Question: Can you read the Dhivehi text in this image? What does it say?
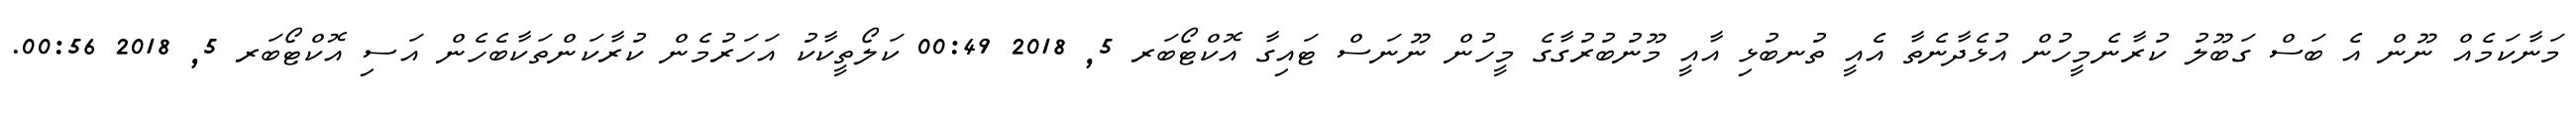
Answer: މަނާކަމެއް ނޫން އެ ބަސް ގަބޫލު ކުރާނެމީހުން އުޅެދާނެތާ އެއީ ތުނބުޅި އާއީ މޫނުބުރުގާގެ މީހުން ނޫނަސް ޓައިގާ އޮކްޓޯބަރ 5, 2018 00:49 ކަލޯތީކާކު އަހަރުމެން ކުރާކަންތަކާބެހެން އަސި އޮކްޓޯބަރ 5, 2018 00:56.